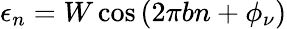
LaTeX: \epsilon_{n}=W\cos{(2\pi bn+\phi_{\nu})}